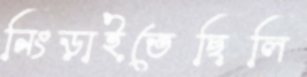
নিংড়াইতেছিলি